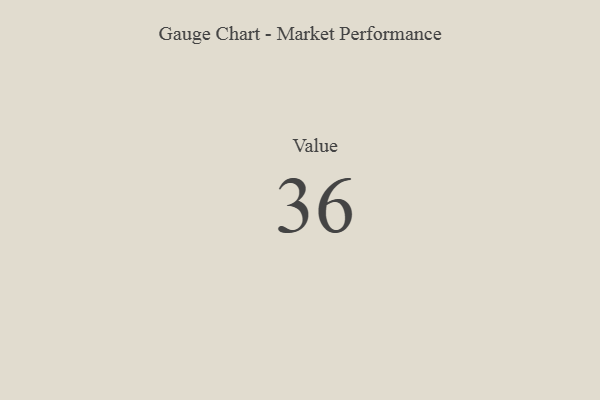
{"axis": {"x": "Metric", "y": "Value"}, "legend": [""], "data": [{"x": "Value", "y": 36, "type": ""}]}